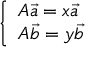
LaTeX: \left\{ \begin{array} { l l } { A { \overrightarrow { a } } = x { \overrightarrow { a } } } \\ { A { \overrightarrow { b } } = y { \overrightarrow { b } } } \end{array} \right.